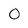
Character: O